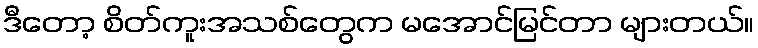
ဒီတော့ စိတ်ကူးအသစ်တွေက မအောင်မြင်တာ များတယ်။